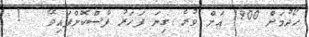
ހޯދުމަށް 1900 އަށް ވުރެ ގިނަ ފަހަރު ފާސްކޮށްފައިވޭ   !